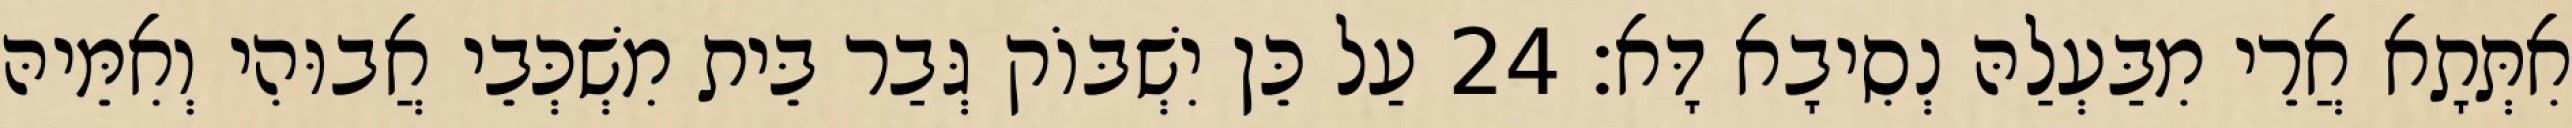
אִתְּתָא אֲרֵי מִבַּעְלַהּ נְסִיבָא דָּא׃ 24 עַל כֵּן יִשְׁבּוֹק גְּבַר בֵּית מִשְׁכְּבֵי אֲבוּהִי וְאִמֵּיהּ